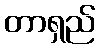
တာရှည်